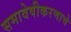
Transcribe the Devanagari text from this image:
समावेषीकरणाचे